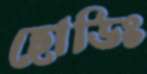
হোডিং